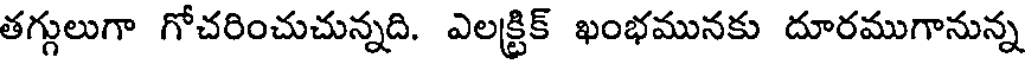
తగ్గులుగా గోచరించుచున్నది. ఎలక్ట్రిక్ ఖంభమునకు దూరముగానున్న